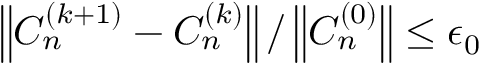
\left\| { C _ { n } ^ { \left( { k + 1 } \right) } - C _ { n } ^ { \left( k \right) } } \right\| / \left\| C _ { n } ^ { \left( { 0 } \right) } \right\| \le \epsilon _ { 0 }